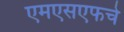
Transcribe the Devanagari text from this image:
एमएसएफचे